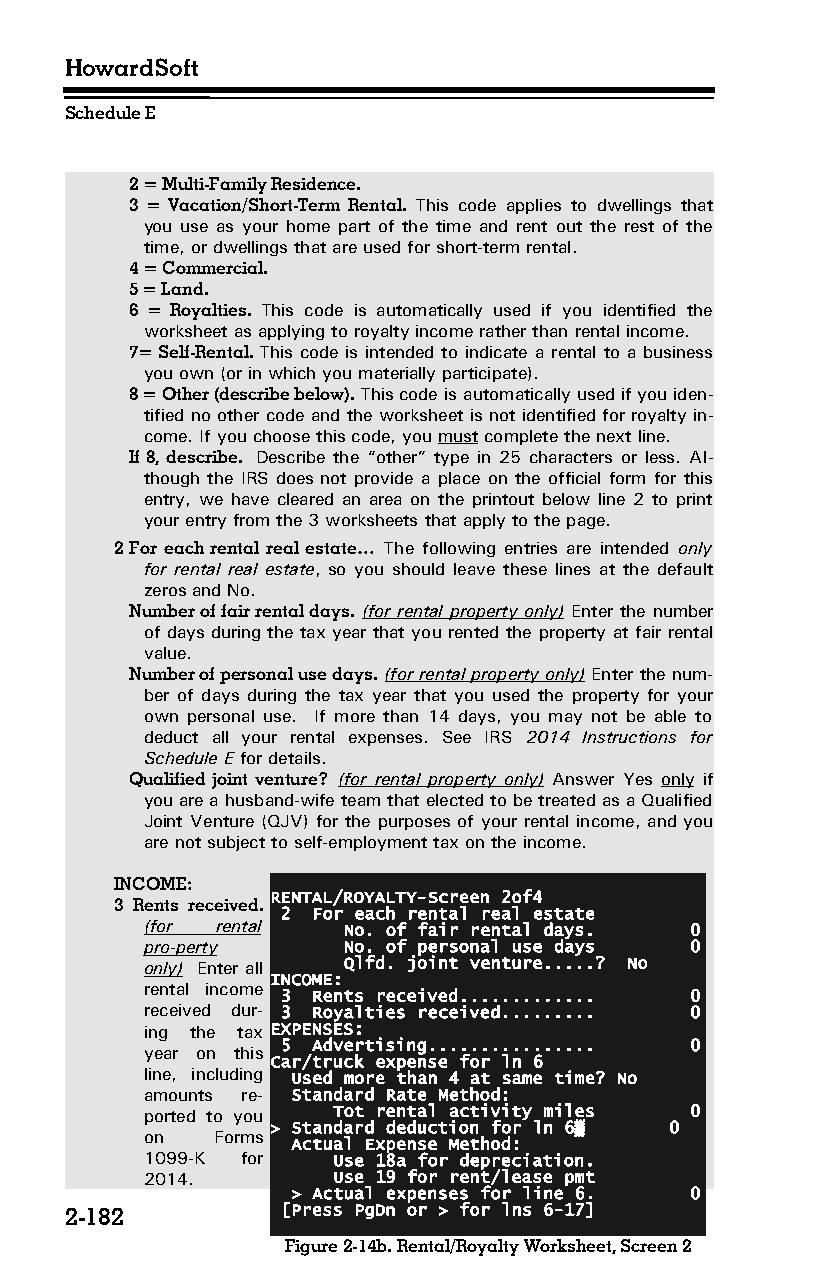
HowardSoft
 Schedule E
 2 = Multi-Family Residence.
 3 = Vacation/Short-Term Rental. This code applies to dwellings that
 you use as your home part of the time and rent out the rest of the
 time, or dwellings that are used for short-term rental.
 4 = Commercial.
 5 = Land.
 6 = Royalties. This code is automatically used if you identified the
 worksheet as applying to royalty income rather than rental income.
 7= Self-Rental. This code is intended to indicate a rental to a business
 you own (or in which you materially participate).
 8 = Other (describe below). This code is automatically used if you iden­
 tified no other code and the worksheet is not identified for royalty in­
 come. If you choose this code, you must complete the next line.
 If 8, describe. Describe the “other” type in 25 characters or less. Al­
 though the IRS does not provide a place on the official form for this
 entry, we have cleared an area on the printout below line 2 to print
 your entry from the 3 worksheets that apply to the page.
 2 For each rental real estate… The following entries are intended only
 for rental real estate, so you should leave these lines at the default
 zeros and No.
 Number of fair rental days. (for rental property only) Enter the number
 of days during the tax year that you rented the property at fair rental
 value.
 Number of personal use days. (for rental property only) Enter the num­
 ber of days during the tax year that you used the property for your
 own personal use. If more than 14 days, you may not be able to
 deduct all your rental expenses. See IRS 2014 Instructions for
 Schedule E for details.
 Qualified joint venture? (for rental property only) Answer Yes only if
 you are a husband-wife team that elected to be treated as a Qualified
 Joint Venture (QJV) for the purposes of your rental income, and you
 are not subject to self-employment tax on the income.
 INCOME:
 RENTAL/ROYALTY-Screen 2of4
 3 Rents received.
 2 For each rental real estate
 (for rental  No. of fair rental days. 0
 pro-perty    No. of personal use days 0
 only) Enter all Qlfd. joint venture.....? No
 INCOME:
 rental income
 3 Rents received............. 0
 received dur­ 3 Royalties received......... 0
 ing the tax EXPENSES:
 5 Advertising................ 0
 year on this
 Car/truck expense for ln 6
 line, including Used more than 4 at same time? No
 amounts re­ Standard Rate Method:
 ported to you Tot rental activity miles 0
 > Standard deduction for ln 6▒ 0
 on  Forms
 Actual Expense Method:
 1099-K for  Use 18a for depreciation.
 2014.       Use 19 for rent/lease pmt
 > Actual expenses for line 6. 0
 2-182          [Press PgDn or > for lns 6-17]
 Figure 2-14b. Rental/Royalty Worksheet, Screen 2